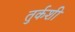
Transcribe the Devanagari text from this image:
तुर्कशी